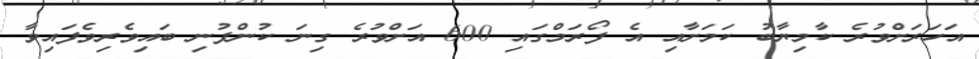
އަހަރަށްވުރެ ކާމިޔާބު ކަމަށާއި އެ ފޯރަމްގައި 600 އަށްވުރެ ގިނަ ކުންފުނި ބައިވެރިވެފައިވާ